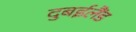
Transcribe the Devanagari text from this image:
दुबईलैंड